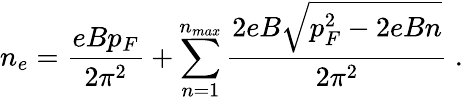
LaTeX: n_{e}=\frac{eBp_{F}}{2\pi^{2}}+\sum_{n=1}^{n_{max}}\frac{2eB\sqrt{p_{F}^{2}-2eBn}}{2\pi^{2}}~.